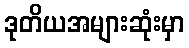
ဒုတိယအများဆုံးမှာ